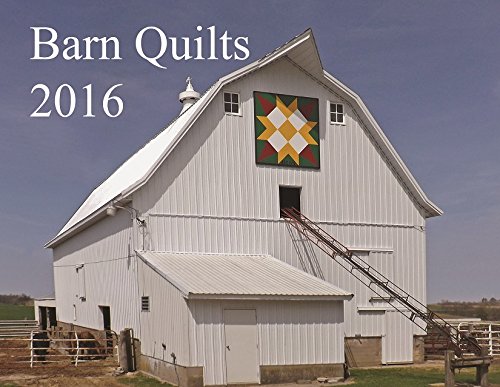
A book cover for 2016 Barn Quilt Calendar; Calendars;